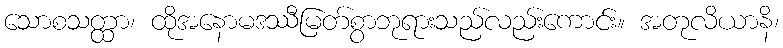
သောစသတ္ထာ၊ ထိုအနောမဒဿီမြတ်စွာဘုရားသည်လည်းကောင်း။ အတုလိယာနိ၊